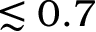
\lesssim 0 . 7